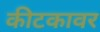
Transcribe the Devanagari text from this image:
कीटकावर